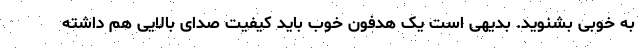
به خوبی بشنوید. بدیهی است یک هدفون خوب باید کیفیت صدای بالایی هم داشته